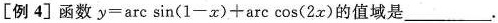
[例4]函数 $$y = \arcsin ( 1 - x ) + \arccos ( 2 x )$$ 的值域是___.